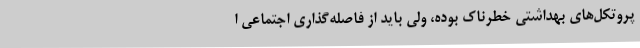
پروتکل‌های بهداشتی خطرناک بوده، ولی باید از فاصله‌گذاری اجتماعی ا